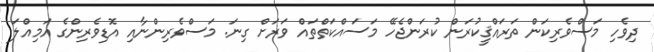
ދިވެހި މަސްވެރިކަން ތަރައްޤީކުރަން ކުރަންޖެހޭ މަސައްކަތްތައް ވަރަށް ގިނަ. މަސްވެރިންނާއި އޮޑިވެރިންގެ އަމިއްލަ